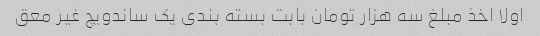
اولا اخذ مبلغ سه هزار تومان بابت بسته بندی یک ساندویچ غیر معق